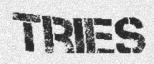
TRIES